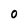
Character: O